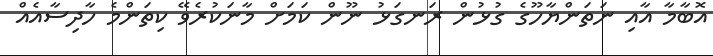
އޮބާމާ އާއި ނަތަންޔާހޫގެ ގުޅުން ރަނގަޅު ނޫން ކަމަށް މާނަކުރެވޭ ކިތަންމެ ހާދިސާއެއް